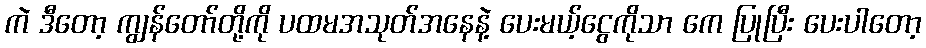
ကဲ ဒီတော့ ကျွန်တော်တို့ကို ပထမအသုတ်အနေနဲ့ ပေးမယ့်ငွေကိုသာ ကေ ပြုပြီး ပေးပါတော့